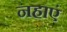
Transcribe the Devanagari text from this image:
नहाएं